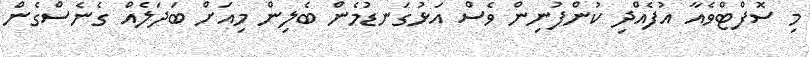
މި ސޮފްޓްވެއާ އުފެއްދި ކުންފުނިން ވެސް އަޅުގަނޑުމެން ބެލިން މިއަށް ބަދަލެއް ގެނެސްގެން